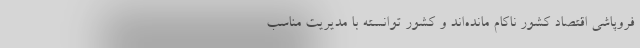
فروپاشی اقتصاد کشور ناکام مانده‌اند و کشور توانسته با مدیریت مناسب